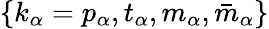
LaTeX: \{ k_{\alpha}=p_{\alpha},t_{\alpha},m_{\alpha},\bar{m}_{\alpha}\}